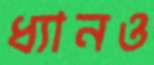
ধ্যানও